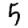
Digit: 5